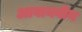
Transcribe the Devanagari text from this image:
आवायवीय